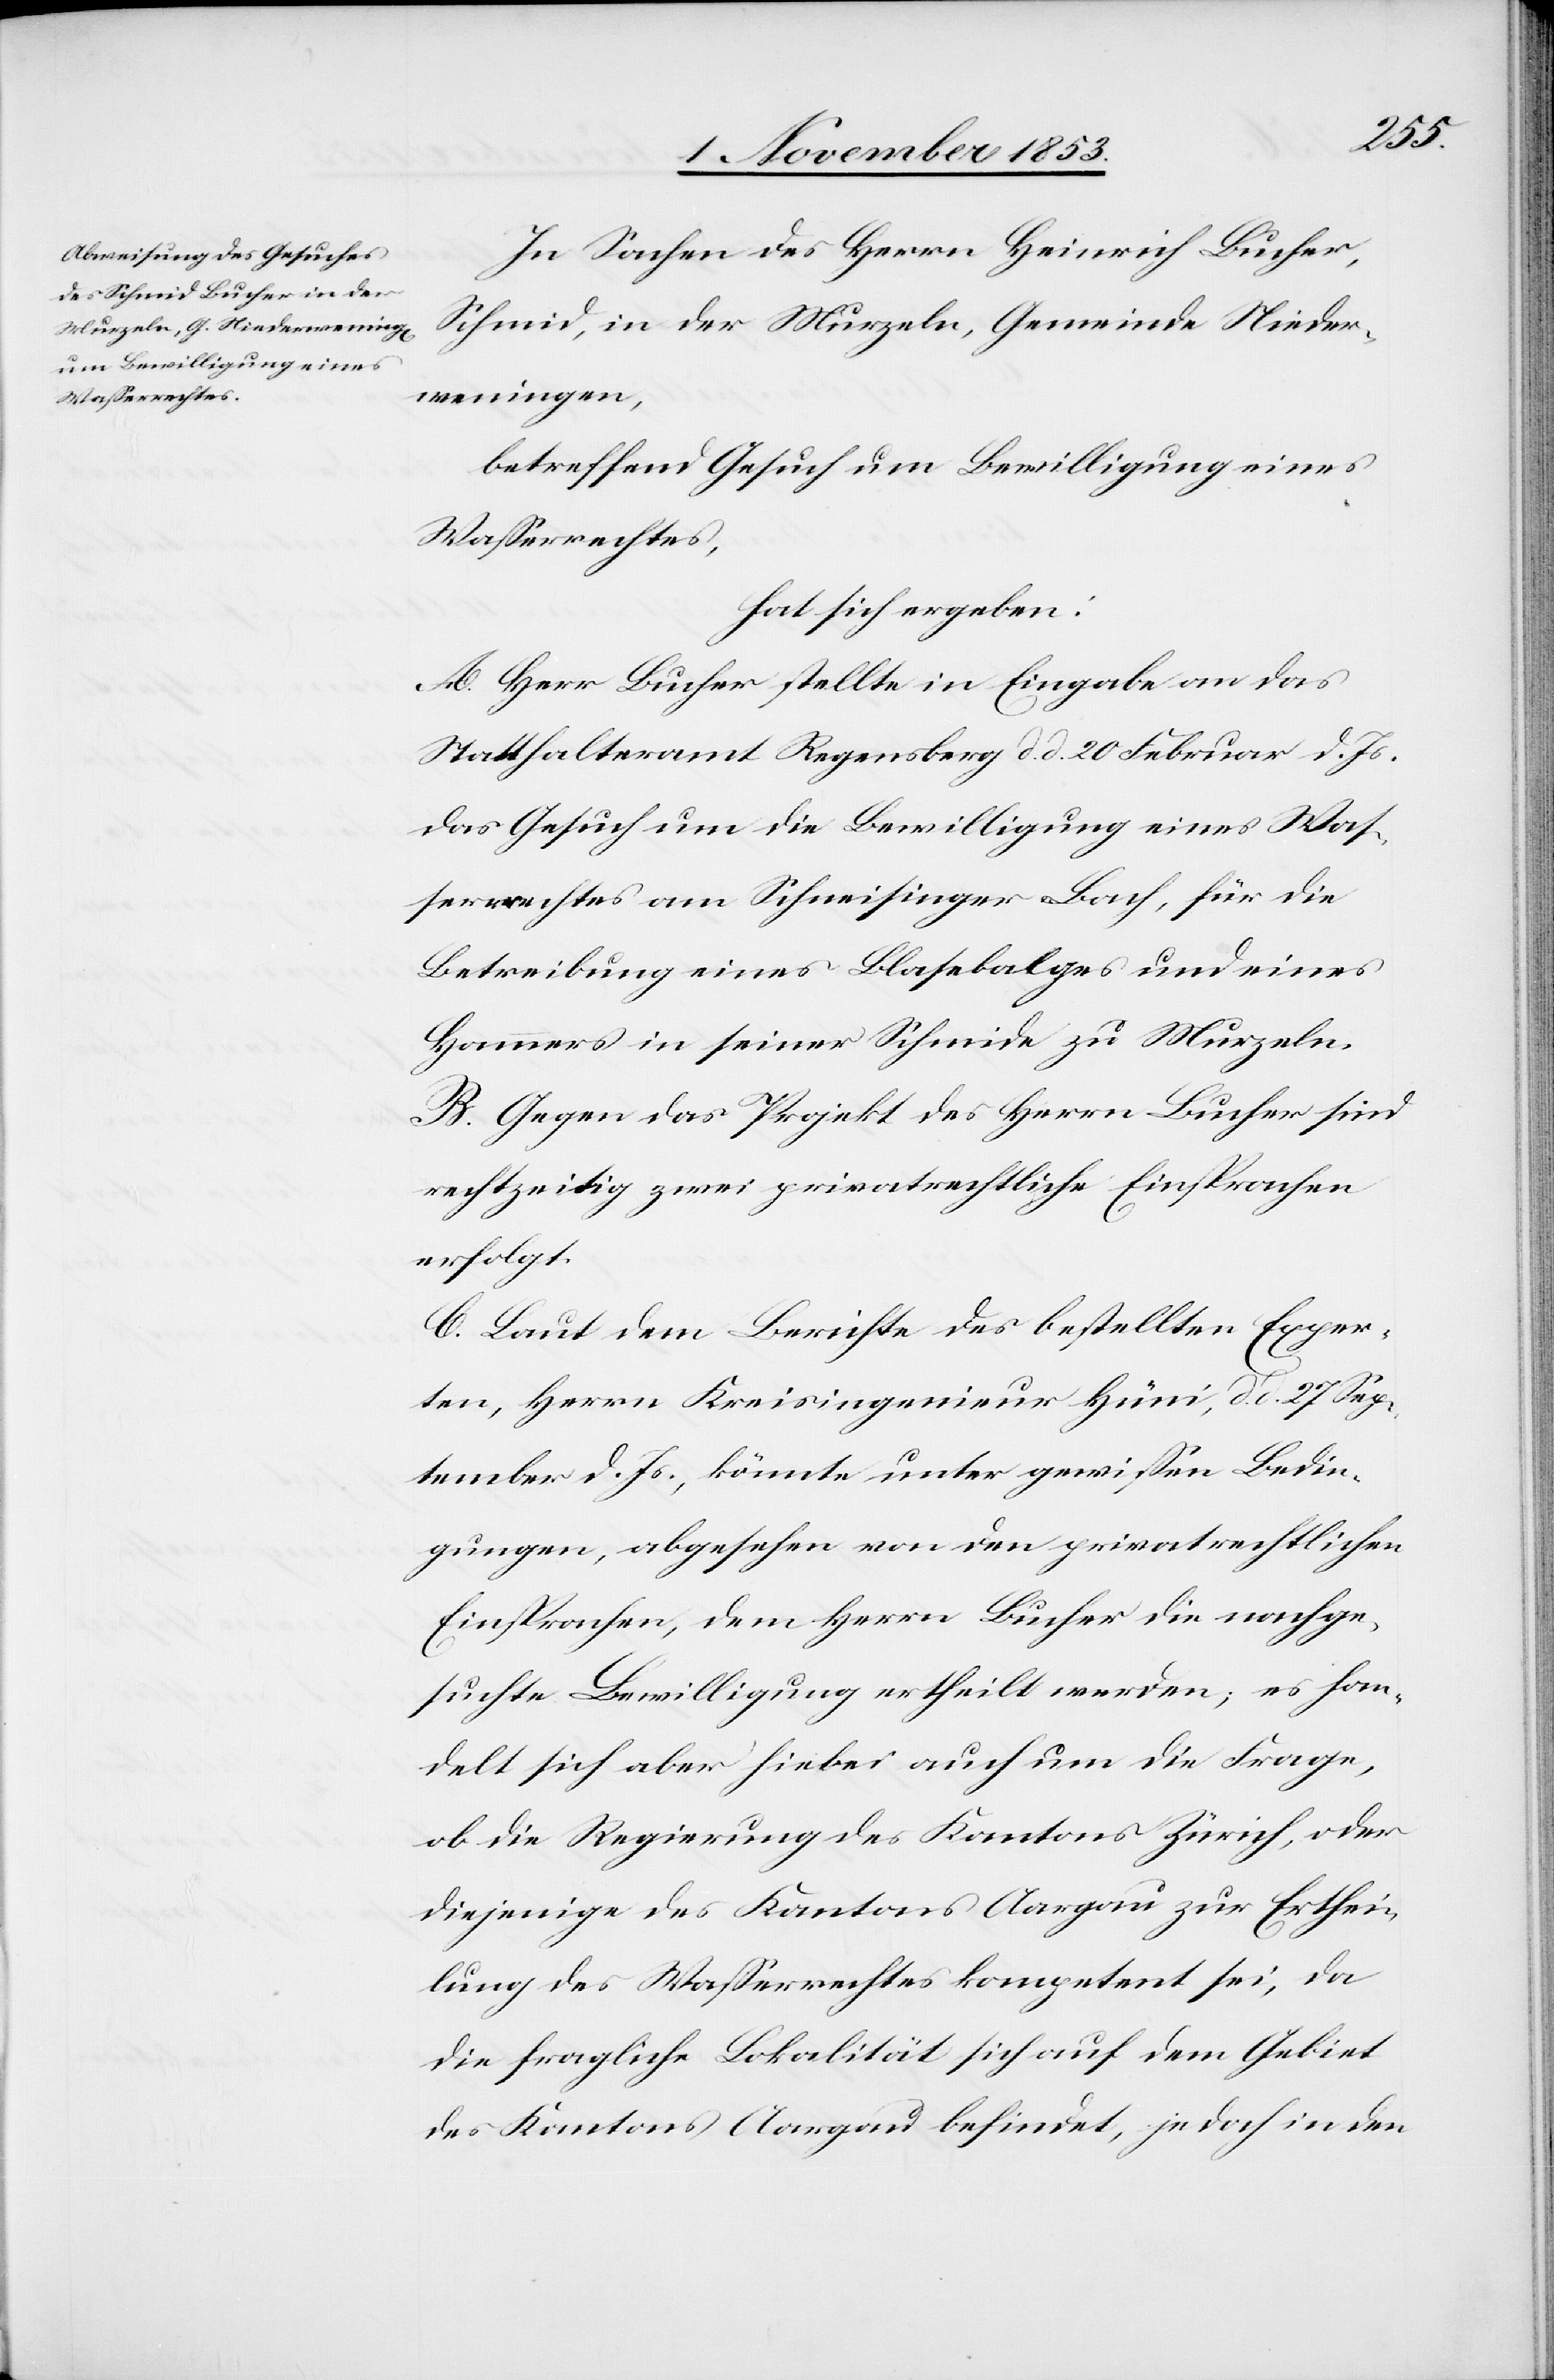
In Sachen des Herrn Heinrich Bucher,
Schmid, in der Murzeln, Gemeinde Nieder¬
weningen,
betreffend Gesuch um Bewilligung eines
Waßerrechtes,
hat sich ergeben:
A. Herr Bucher stellte in Eingabe an das
Statthalteramt Regensberg d. d. 20 Februar d. Js.
das Gesuch um die Bewilligung eines Waß¬
errechtes am Schneisinger Bach, für die
Betreibung eines Blasebalges und eines
Hammers in seiner Schmide zu Murzeln.
B. Gegen das Projekt des Herrn Bucher sind
rechtzeitig zwei privatrechtliche Einsprachen
erfolgt.
C. Laut dem Berichte des bestellten Exper¬
ten, Herrn Kreisingenieur Hüni, d. d. 27 Sep¬
tember d. Js., könnte unter gewißen Bedin¬
gungen, abgesehen von den privatrechtlichen
Einsprachen, dem Herrn Bucher die nachge¬
suchte Bewilligung ertheilt werden, es han¬
delt sich aber hiebei auch um die Frage,
ob die Regierung des Kantons Zürich, oder
diejenige des Kantons Aargau zu Erthei¬
lung des Waßerrechtes kompetent sei, da
die fragliche Lokalität sich auf dem Gebiet
des Kantons Aargau befindet, jedoch in dem